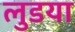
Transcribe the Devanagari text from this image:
लुडया